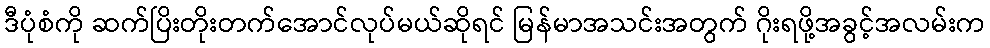
ဒီပုံစံကို ဆက်ပြိးတိုးတက်အောင်လုပ်မယ်ဆိုရင် မြန်မာအသင်းအတွက် ဂိုးရဖို့အခွင့်အလမ်းက